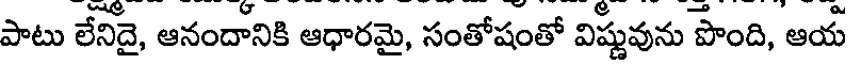
పాటు లేనిదై, ఆనందానికి ఆధారమై, సంతోషంతో విష్ణువును పొంది, ఆయ